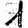
Digit: 1